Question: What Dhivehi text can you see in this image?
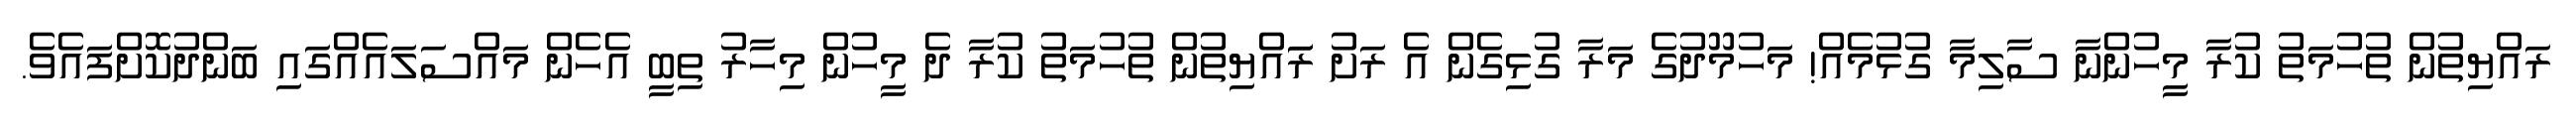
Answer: ރައްޔިތުން ތުހުމަތު ކުރާ މީހުންނާ ސާލިމާ ގުޅުމެއް! މަހުމޫދުގެ މަރާ ގުޅިގެން އެ ރަށު ރަައްޔިތުން ތުހުމަތު ކުރާ ދެ މީހުން މިހާރު ތިބީ އެހެން މައްސަލައެއްގައި ބަންދުކޮށްފައެވެ.